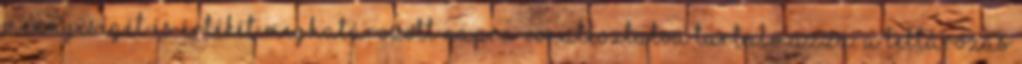
mennyiségét és értékét meghatározott napra vonatkoztatva tartalmazza. A leltározás